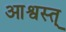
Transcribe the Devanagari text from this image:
आश्वस्त्